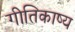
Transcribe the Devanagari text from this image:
गीतिकाष्य